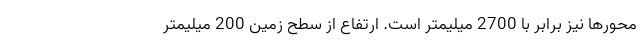
محورها نیز برابر با 2700 میلیمتر است. ارتفاع از سطح زمین 200 میلیمتر